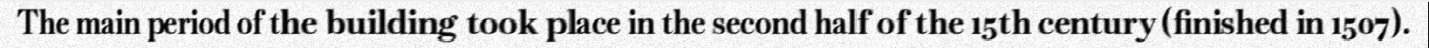
The main period of the building took place in the second half of the 15th century (finished in 1507).